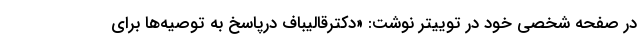
در صفحه شخصی خود در توییتر نوشت: «دکترقالیباف درپاسخ به توصیه‌ها برای